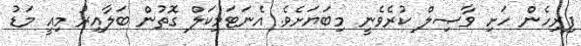
ފިރިހެން ހަށި ވާޞިލް ކުރެވެނީ މިބަޔަށެވެ. އެނަޓަމިކަލް ގޮތުން ބަލާއިރު މިއީ މަޑު